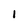
Character: I